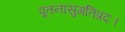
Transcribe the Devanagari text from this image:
पूतनासुगतिप्रदः।